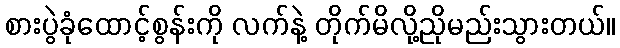
စားပွဲခုံထောင့်စွန်းကို လက်နဲ့ တိုက်မိလို့ညိုမည်းသွားတယ်။